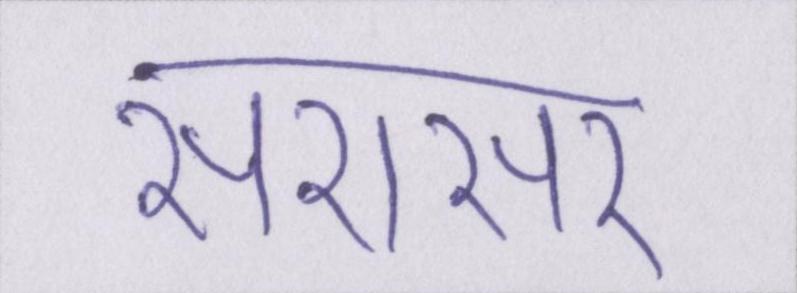
सरासर